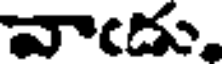
వాఁడు.